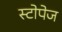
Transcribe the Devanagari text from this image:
स्टोपेज